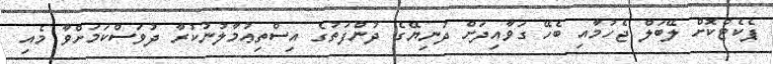
ޕެކެޓްކޮށް ލޭބަލް ޖެހުމާއި ބެހޭ ގަވާއިދަށް ދުނިޔޭގެ ދުންފަތުގެ އިސްތިޢުމާލުނުކުރާ ދުވަސްކަމަށްވާ މެއި